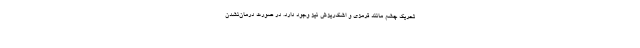
تحریک چشم مانند قرمزی و اشک‌ریزش نیز وجود دارد. در صورت درمان‌نشدن